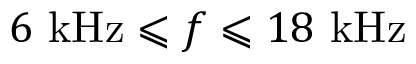
6 ~ \mathrm { k H z } \leqslant f \leqslant 1 8 ~ \mathrm { k H z }